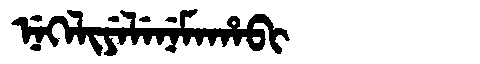
Manchu: ᠨᡝᡴᡝᠯᡳᠶᡝᠯᡝᠨᡝᠮᠠᡥᠠᠪᡳ
Romanization: NEKELIYELENEMAHABI